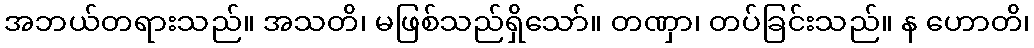
အဘယ်တရားသည်။ အသတိ၊ မဖြစ်သည်ရှိသော်။ တဏှာ၊ တပ်ခြင်းသည်။ န ဟောတိ၊